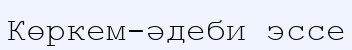
Көркем-әдеби эссе